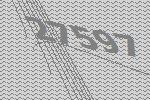
27597